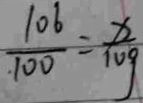
\frac { 1 0 6 } { \cdot 1 0 0 } = \frac { x } { 1 0 g }